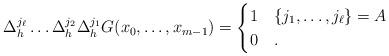
LaTeX: \begin{align*}\Delta_h^{j_\ell}\dots \Delta_h^{j_2}\Delta_h^{j_1}G(x_0,\dots, x_{m-1})=\begin{cases}1& \{j_1,\dots, j_\ell\}=A\\0 & .\end{cases}\end{align*}